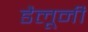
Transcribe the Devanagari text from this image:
डैलूनी